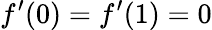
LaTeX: f^{\prime}(0)=f^{\prime}(1)=0